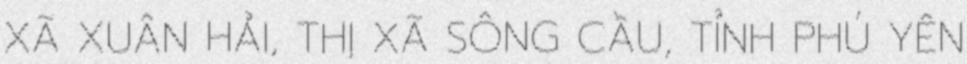
XÃ XUÂN HẢI, THỊ XÃ SÔNG CẦU, TỈNH PHÚ YÊN